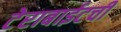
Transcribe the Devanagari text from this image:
टेराबाईटची